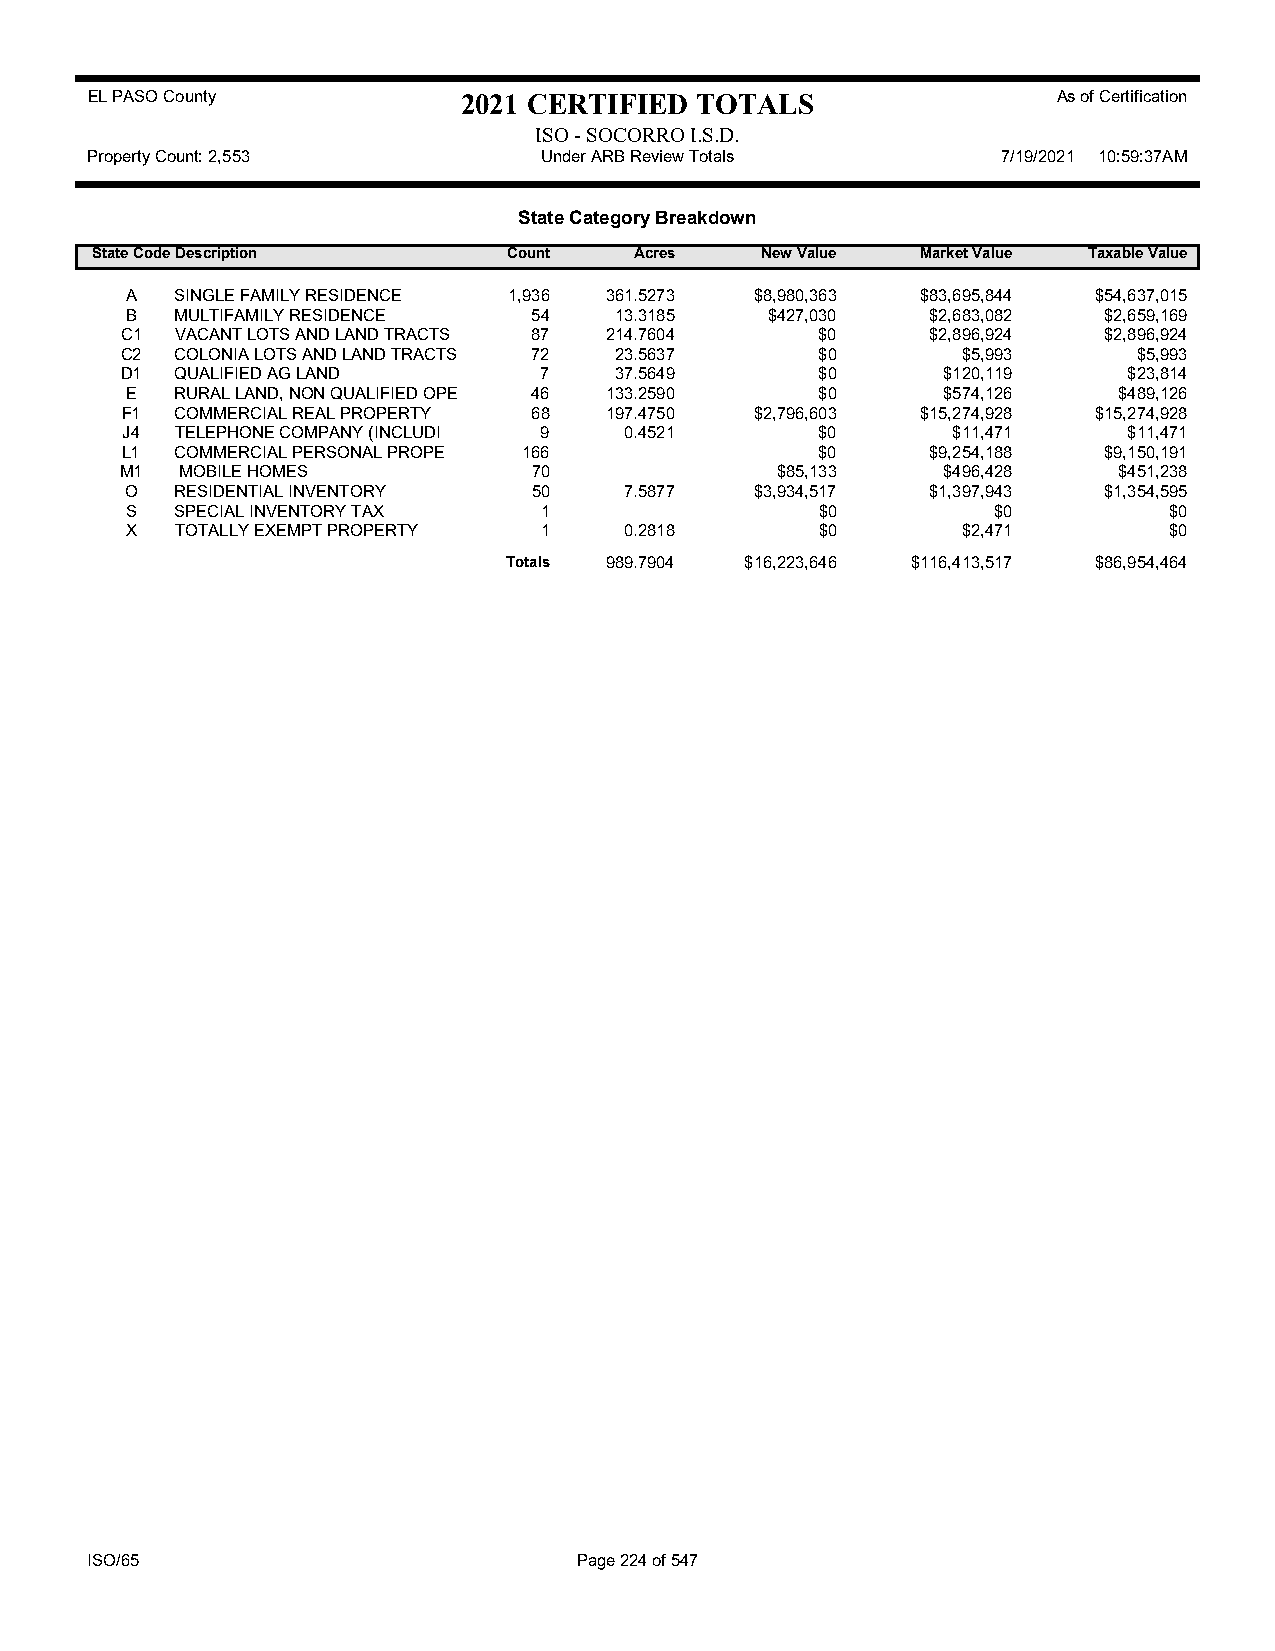
EL PASO County           2021 CERTIFIED TOTALS                  As of Certification
 ISO - SOCORRO I.S.D.
 Property Count: 2,553         Under ARB Review Totals       7/19/2021 10:59:37AM
 State Category Breakdown
 State CodeDescription       Count   Acres   New Value  Market Value Taxable Value
 A   SINGLE FAMILY RESIDENCE 1,936 361.5273 $8,980,363 $83,695,844 $54,637,015
 B   MULTIFAMILY RESIDENCE  54    13.3185   $427,030   $2,683,082 $2,659,169
 C1  VACANT LOTS AND LAND TRACTS 87 214.7604   $0      $2,896,924 $2,896,924
 C2  COLONIA LOTS AND LAND TRACTS 72 23.5637   $0        $5,993     $5,993
 D1  QUALIFIED AG LAND       7    37.5649      $0      $120,119     $23,814
 E   RURAL LAND, NON QUALIFIED OPE 46 133.2590 $0      $574,126    $489,126
 F1  COMMERCIAL REAL PROPERTY 68 197.4750  $2,796,603 $15,274,928 $15,274,928
 J4  TELEPHONE COMPANY (INCLUDI 9 0.4521       $0       $11,471     $11,471
 L1  COMMERCIAL PERSONAL PROPE 166             $0      $9,254,188 $9,150,191
 M1  MOBILE HOMES           70              $85,133    $496,428    $451,238
 O   RESIDENTIAL INVENTORY  50    7.5877   $3,934,517  $1,397,943 $1,354,595
 S   SPECIAL INVENTORY TAX   1                 $0          $0         $0
 X   TOTALLY EXEMPT PROPERTY 1    0.2818       $0        $2,471       $0
 Totals 989.7904 $16,223,646 $116,413,517 $86,954,464
 ISO/65                          Page 224 of 547